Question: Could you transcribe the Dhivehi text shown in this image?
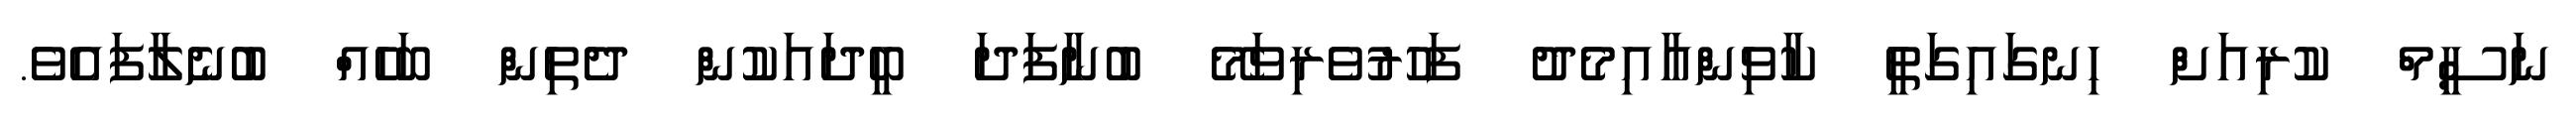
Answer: ނަސީމް ކުރިއަށް ހިނގައިގަތީ ކާވިންއާއިމެދު ފަހުރުވެރިވަމޭ ބުނާފަދަ ބީދައަކުން ދެތިން ބަހެއް ބުނެލާފައެވެ.